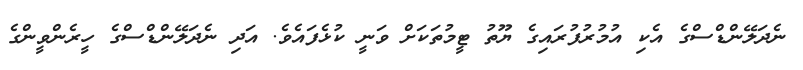
ނެދަލޭންޑްސްގެ އެކި އުމުރުފުރައިގެ ޔޫތު ޓީމުތަކަށް ވަނީ ކުޅެފައެވެ. އަދި ނެދަލޭންޑްސްގެ ހީރެންވީންގެ